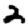
Digit: 2